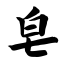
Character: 皂